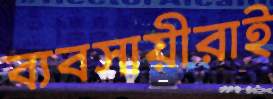
ব্যবসায়ীরাই